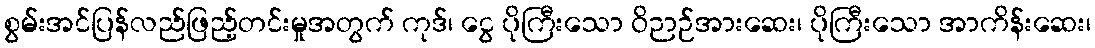
စွမ်းအင်ပြန်လည်ဖြည့်တင်းမှုအတွက် ကုဒ်၊ ငွေ ပိုကြီးသော ဝိဉာဉ်အားဆေး၊ ပိုကြီးသော အာကိန်းဆေး၊